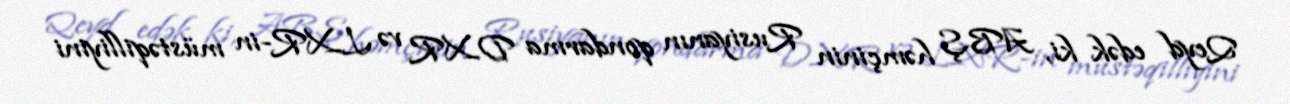
Qeyd edək ki, ABŞ həmçinin Rusiyanın qondarma DXR və LXR-in müstəqilliyini